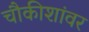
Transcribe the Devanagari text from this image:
चौकीशांवर